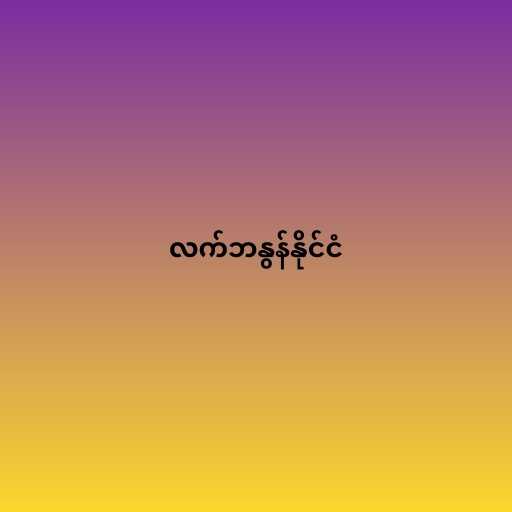
လက်ဘနွန်နိုင်ငံ